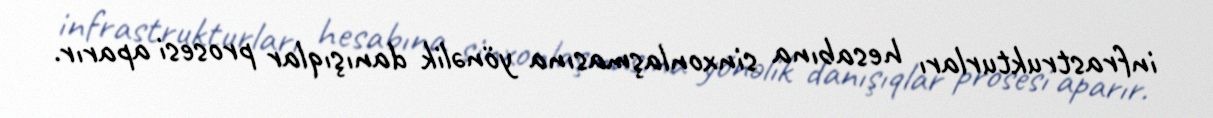
infrastrukturları hesabına sinxonlaşmasına yönəlik danışıqlar prosesi aparır.